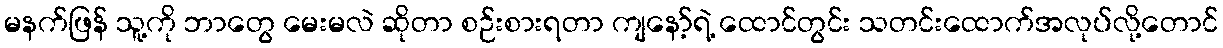
မနက်ဖြန် သူ့ကို ဘာတွေ မေးမလဲ ဆိုတာ စဉ်းစားရတာ ကျနော့်ရဲ့ ထောင်တွင်း သတင်းထောက်အလုပ်လို့တောင်